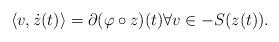
LaTeX: \begin{align*}\langle v, \dot{z}(t)\rangle = \partial (\varphi \circ z)(t) \forall v\in -S(z(t)).\end{align*}